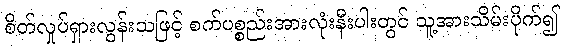
စိတ်လှုပ်ရှားလွန်းသဖြင့် စက်ပစ္စည်းအားလုံးနီးပါးတွင် သူ့အားသိမ်းပိုက်၍